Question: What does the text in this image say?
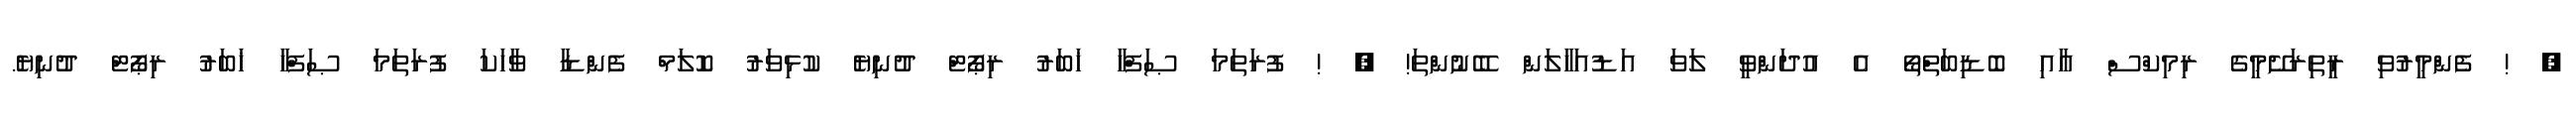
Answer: , ! ފެންމީރުވި ރީތިރަށޭމީގެ ރިމިކްސް އާއި ބޮޑިބަތްތޯ އެ އުދަންވީ ލަވަ އަޑުއަހާލަން ބޭނުންތަ! , ! ފުރަތަމަ ޞަފްހާ ޚަބަރު ރިޕޯޓް ދުނިޔެ ކުޅިވަރު ކޮލަމް ފެންޑާ ވާހަކަ ފުރަތަމަ ޞަފްހާ ޚަބަރު ރިޕޯޓް ދުނިޔެ.